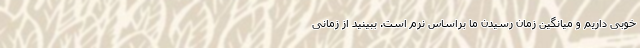
خوبی داریم و میانگین زمان رسیدن ما براساس نرم است. ببینید از زمانی